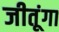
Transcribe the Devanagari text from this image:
जीतूंगा